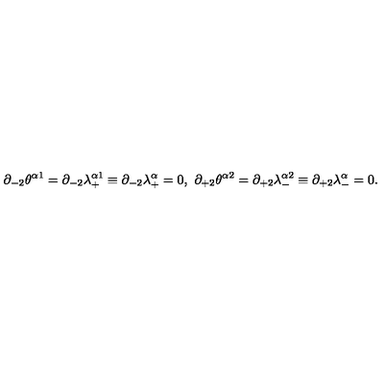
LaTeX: \partial _ { - 2 } \theta ^ { \alpha 1 } = \partial _ { - 2 } \lambda _ { + } ^ { \alpha 1 } \equiv \partial _ { - 2 } \lambda _ { + } ^ { \alpha } = 0 , \ \partial _ { + 2 } \theta ^ { \alpha 2 } = \partial _ { + 2 } \lambda _ { - } ^ { \alpha 2 } \equiv \partial _ { + 2 } \lambda _ { - } ^ { \alpha } = 0 .